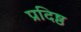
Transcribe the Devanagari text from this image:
प्रदिष्ठ